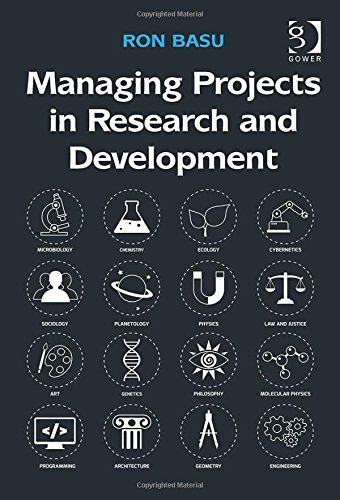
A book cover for Managing Projects in Research and Development; Ron Basu; Business & Money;